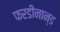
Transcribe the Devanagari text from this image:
फरडीनान्ड